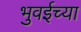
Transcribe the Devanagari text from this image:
भुवईच्या